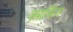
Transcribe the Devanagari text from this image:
क्याकिंग